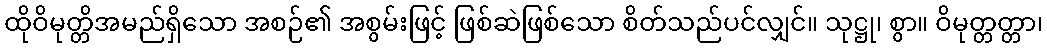
ထိုဝိမုတ္တိအမည်ရှိသော အစဉ်၏ အစွမ်းဖြင့် ဖြစ်ဆဲဖြစ်သော စိတ်သည်ပင်လျှင်။ သုဋ္ဌု၊ စွာ။ ဝိမုတ္တတ္တာ၊